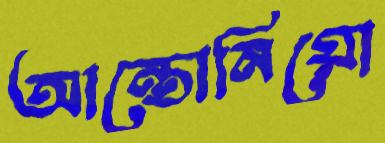
আন্তোনিয়ো